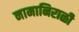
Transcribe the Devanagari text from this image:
नामानिराळी